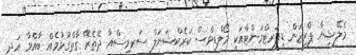
މެލޭޝިޔާ ޕްރިޒަން ޑިޕަރޓްމަންޓްއަކީ މޯލްޑިވްސް ކަރެކްޝަނަލް ސަރވިސްއާ ދޭތެރޭ ގާތްގުޅުމެއް ބާއްވާ އަދި